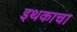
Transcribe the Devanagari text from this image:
इथकाचा